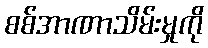
စစ်အာဏာသိမ်းမှုကို